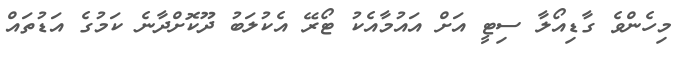
މިހެންވެ ގާޑިއޯލާ ސިޓީ އަށް އައުމާއެކު ޓޯރޭ އެކުލަބު ދޫކޮށްދާނެ ކަމުގެ އަޑުތައް